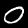
Digit: 0